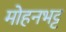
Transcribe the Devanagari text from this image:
मोहनभट्ट